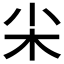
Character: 𡭢